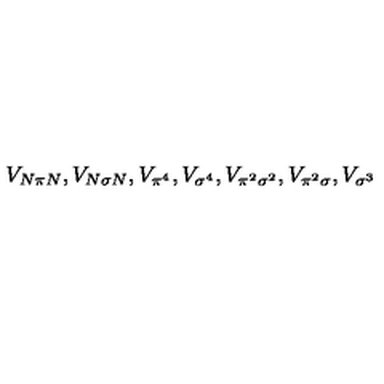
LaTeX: V _ { N \pi N } , V _ { N \sigma N } , V _ { \pi ^ { 4 } } , V _ { \sigma ^ { 4 } } , V _ { \pi ^ { 2 } \sigma ^ { 2 } } , V _ { \pi ^ { 2 } \sigma } , V _ { \sigma ^ { 3 } }